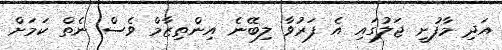
އަދި މާފުށީ ޖަލުގައި އެ ފަރުވާ ލިބޭނެ އިންތިޒާމް ވެސް ނެތް ކަމަށް